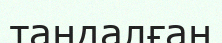
тандалған